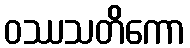
ဝဿသတိကော